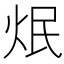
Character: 𤇜